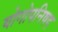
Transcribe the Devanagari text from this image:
योगोपनिषद